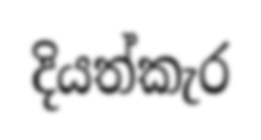
දියත්කැර